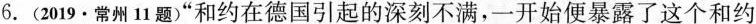
6.(2019·常州11题)”和约在德国引起的深刻不满，一开始便暴露了这个和约